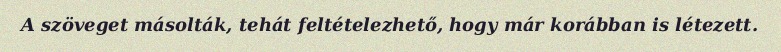
A szöveget másolták, tehát feltételezhető, hogy már korábban is létezett.